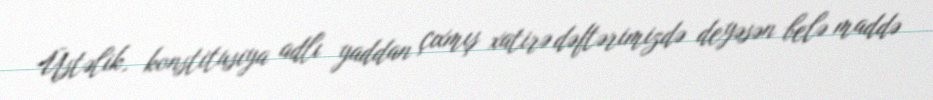
Üstəlik, konstitusiya adlı yaddan çıxmış xatirə dəftərimizdə deyəsən belə maddə